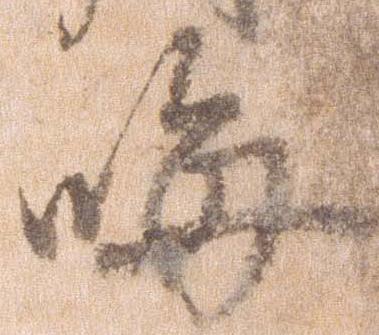
晦